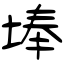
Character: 埲